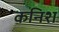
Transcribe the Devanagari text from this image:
कनिश